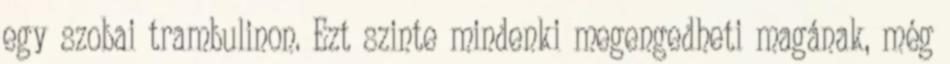
egy szobai trambulinon. Ezt szinte mindenki megengedheti magának, még